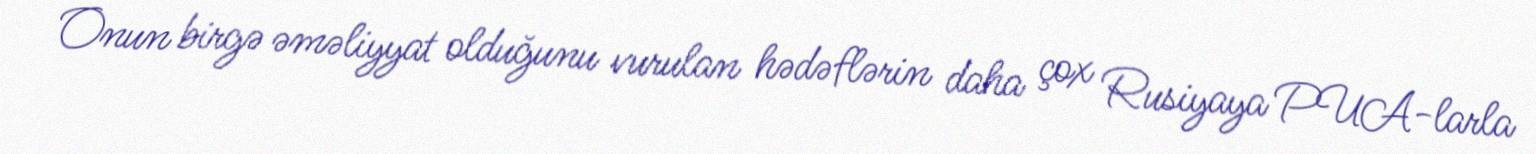
Onun birgə əməliyyat olduğunu vurulan hədəflərin daha çox Rusiyaya PUA-larla